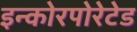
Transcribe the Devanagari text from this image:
इन्कोरपोरेटेड